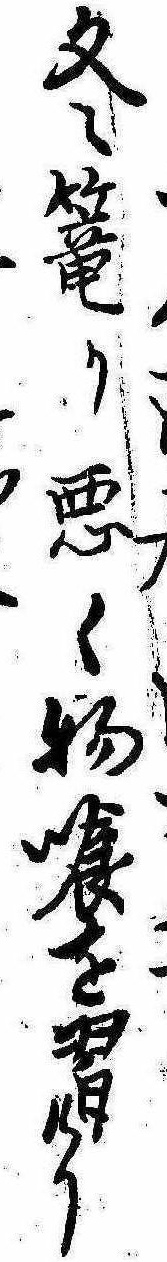
冬篭り悪く物喰を習けり